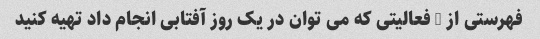
فهرستی از 3 فعالیتی که می توان در یک روز آفتابی انجام داد تهیه کنید